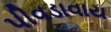
પીવડાવાય